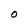
Character: O